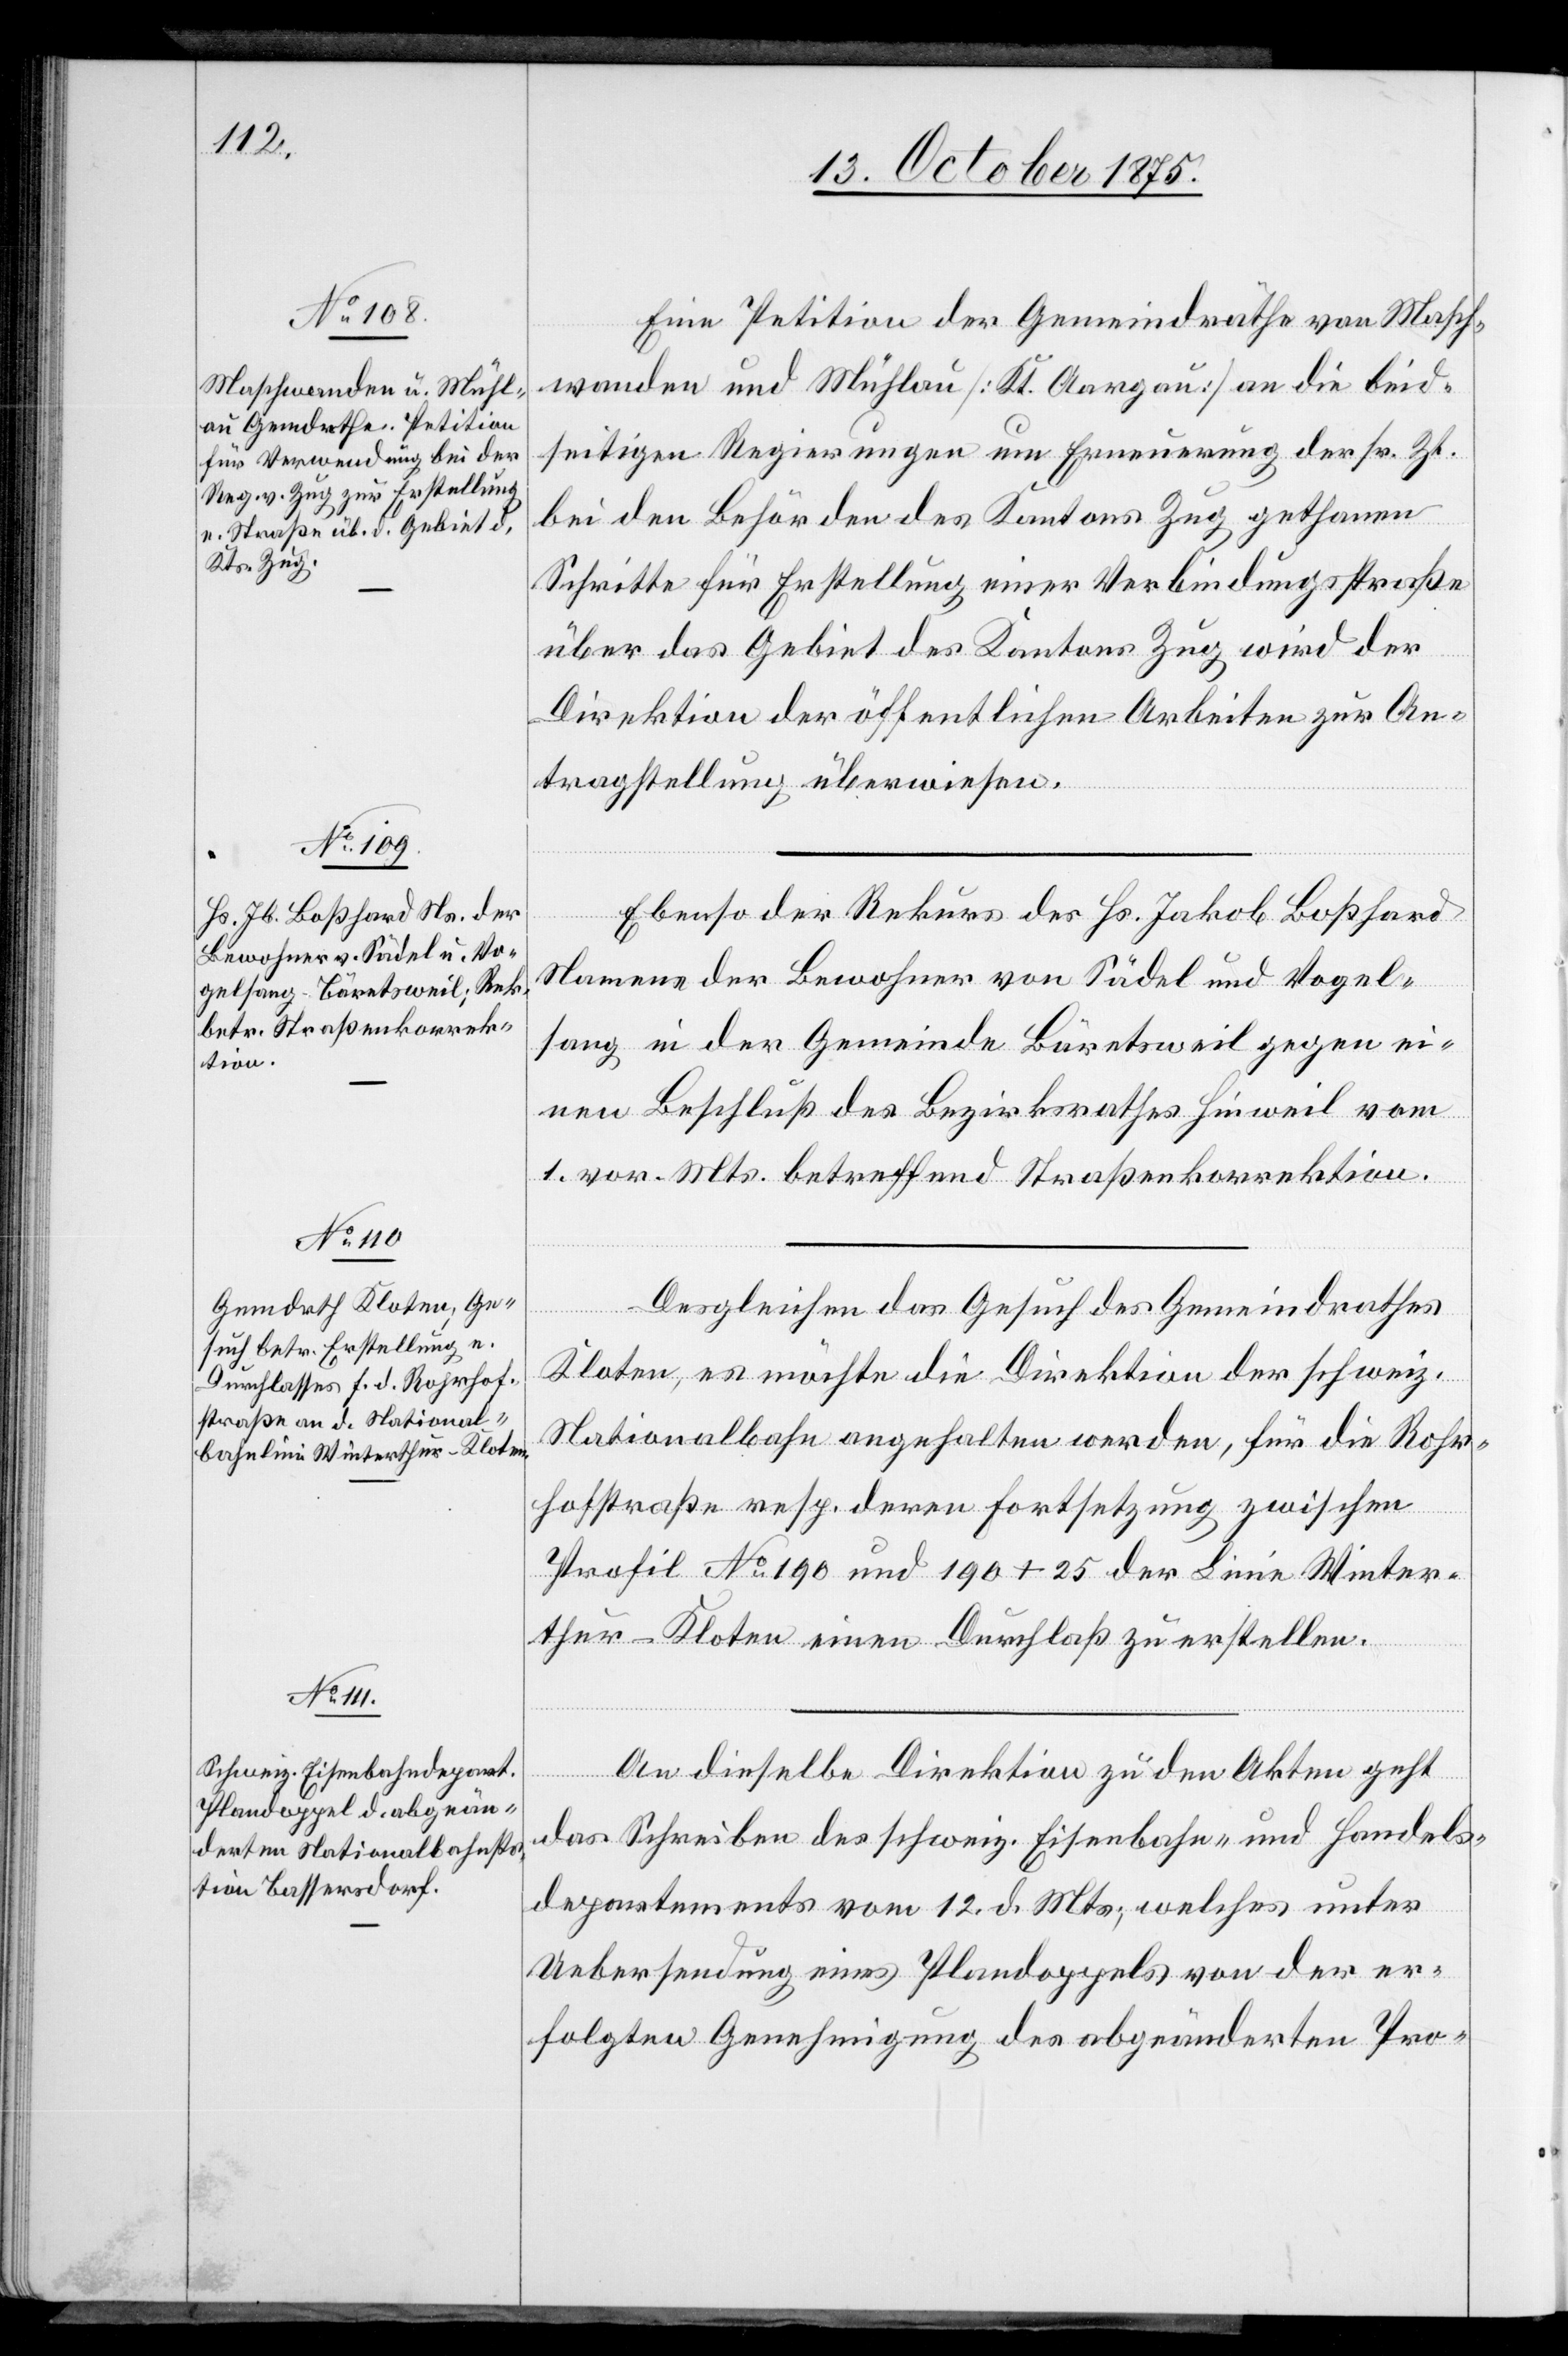
14. October 1875.]
Eine Petition der Gemeindräthe von Masch¬
wanden und Mühlau [Kt. Aargau] an die beid¬
seitigen Regierungen um Erneuerung der sr. Zt.
bei den Behörden des Kantons Zug gethanen
Schritte für Erstellung einer Verbindungsstraße
über das Gebiet des Kantons Zug wird der
Direktion der öffentlichen Arbeiten zur An¬
tragstellung überwiesen.
Ebenso der Rekurs des Hs. Jakob Boßhard
Namens der Bewohner von Sädel und Vogel¬
sang in der Gemeinde Bäretsweil gegen ei¬
ne Beschluß des Bezirksrathes Hinweil vom
1. vor. Mts. betreffend Straßenkorrektion.
Desgleichen das Gesuch des Gemeindrathes
Kloten, es möchte die Direktion der schweiz.
Nationalbahn angehalten werden, für die Rohr¬
hofstraße resp. deren Fortsetzung zwischen
Profil No 190 und 190+25 der Linie Winter¬
thur–Kloten einen Durchlaß zu erstellen.
An dieselbe Direktion zu den Akten geht
das Schreiben des schweiz. Eisenbahn- und Handels¬
departements vom 12. d. Mts., welches unter
Uebersendung eines Plandoppels von der er¬
folgten Genehmigung des abgeänderten Pro-